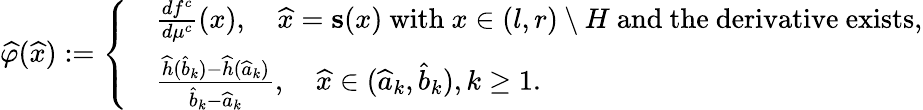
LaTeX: \widehat{\varphi}(\widehat{x}):=\left\lbrace\begin{array}{rl}&{\frac{df^{c}}{d\mu^{c}}(x),\quad\widehat{x}=\mathbf{s}(x)\mathrm{~with~}x\in(l,r)\setminus H\mathrm{~and~the~derivative~exists},}\\ &{\frac{\widehat{h}(\widehat b_{k})-\widehat{h}(\widehat a_{k})}{\widehat{b}_{k}-\widehat{a}_{k}},\quad\widehat{x}\in(\widehat{a}_{k},\widehat{b}_{k}),k\geq 1.}\end{array}\right.